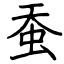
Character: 蚕